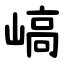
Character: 嵪